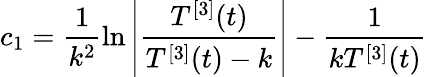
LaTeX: \displaystyle c_{1}=\frac{1}{k^{2}}\ln\left\vert\frac{T^{[3]}(t)}{T^{[3]}(t)-k}\right\vert-\frac{1}{kT^{[3]}(t)}